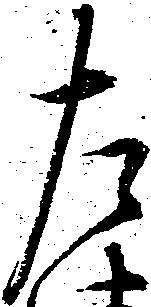
左